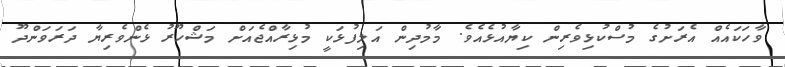
ވާހަކައެއް އެރަށުގެ މުސްކުޅިވެރިން ކިޔާއުޅެއެވެ. މާމުދިން އަލިފުޅަކީ މުޅިރާއްޖެއަށް މަޝްހޫރު ޅެންވެރިޔާ ދަރަވަންދޫ